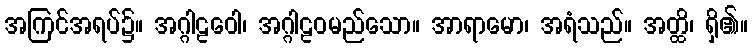
အကြင်အရပ်၌။ အဂ္ဂါဠဝေါ၊ အဂ္ဂါဠဝမည်သော။ အာရာမော၊ အရံသည်။ အတ္ထိ၊ ရှိ၏။